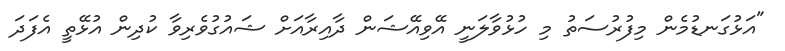
"އަޅުގަނޑުމެން މިފުރުސަތު މި ހުޅުވާލަނީ އޭވިއޭޝަން ދާއިރާއަށް ޝައުގުވެރިވާ ކުދިން އުޅޭތީ އެފަދަ